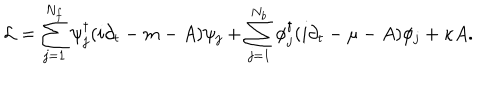
{ \cal L } = \sum _ { j = 1 } ^ { N _ { f } } \psi _ { j } ^ { \dagger } ( i \partial _ { t } - m - A ) \psi _ { j } + \sum _ { j = 1 } ^ { N _ { b } } \phi _ { j } ^ { \dagger } ( i \partial _ { t } - \mu - A ) \phi _ { j } + \kappa A .